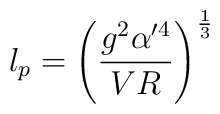
l_p = \left(\frac{g^2 \alpha'^4}{VR}\right)^{\frac{1}{3}}